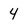
Character: 4